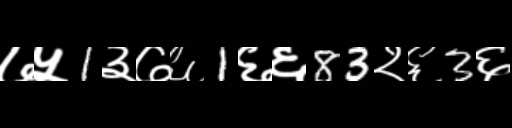
Text: ७५1३७६1६६83२६3६